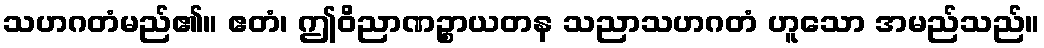
သဟဂတံမည်၏။ ဧတံ၊ ဤဝိညာဏဉ္စာယတန သညာသဟဂတံ ဟူသော အမည်သည်။